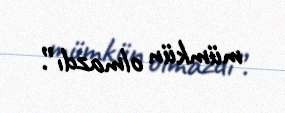
mümkün olmazdı”.